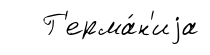
Г'ерма́н'иjа